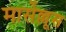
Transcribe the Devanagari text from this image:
मार्सेल्लूस